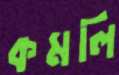
কমলি